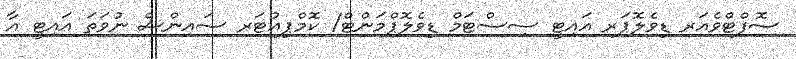
ސޮފްޓްވެއަރ ޑިވެލޮޕަރ އައިޓީ ސިސްޓަމް ޑިވެލޮޕްމަންޓް/ ކޮމްޕިއުޓަރ ސައިންސް ނުވަތަ އައިޓީ އާ